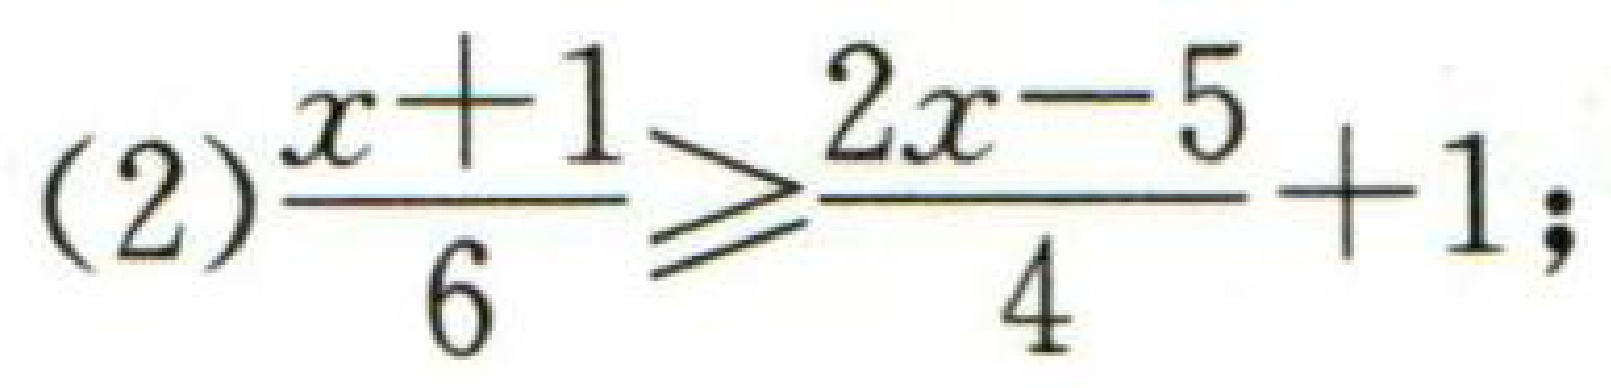
(2)\(\dfrac{x + 1}{6}\geq\dfrac{2x - 5}{4}+1\);